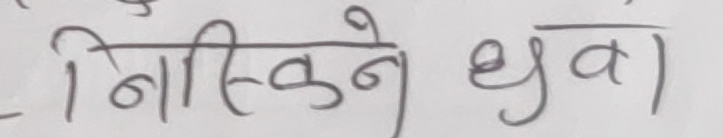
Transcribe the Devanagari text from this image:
निस्केने धुवा)